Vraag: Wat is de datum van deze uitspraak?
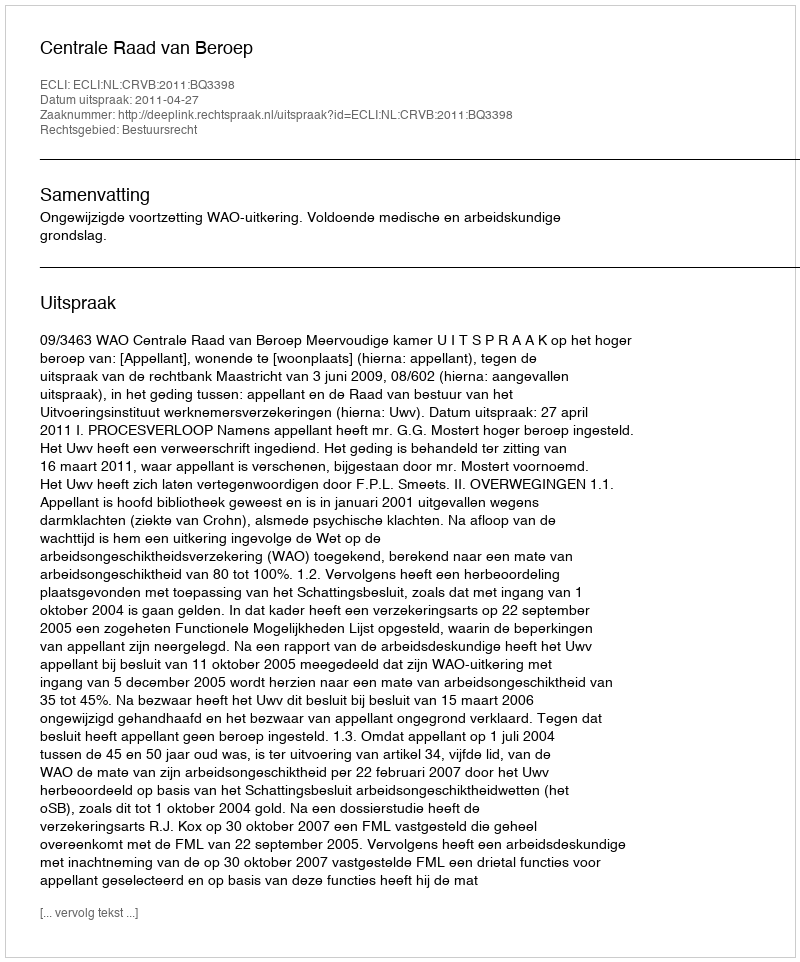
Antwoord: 2011-04-27